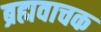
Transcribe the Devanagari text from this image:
ब्रह्मवाचक